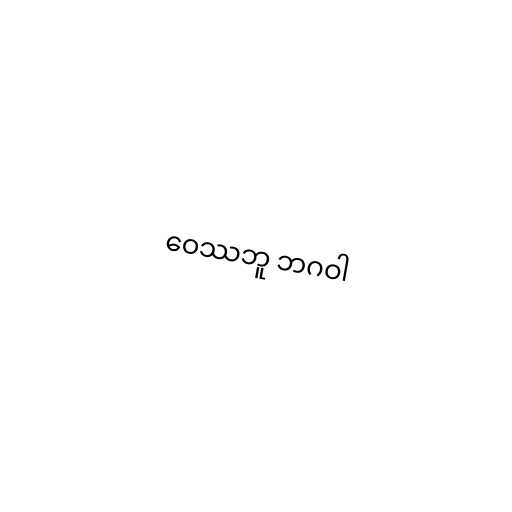
ဝေဿဘူ ဘဂဝါ